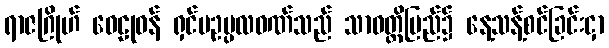
ရာဇဂြိုဟ် ဝေဠုဝန် ရှင်မဥပ္ပလဝဏ်သည် သာဝတ္ထိပြည်၌ နေ့သန့်စင်ခြင်းငှာ